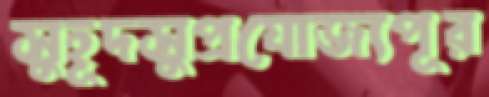
সুহূদসুপ্রযোজ্যপূর